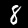
Label: 8